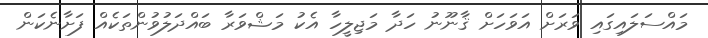
މައްސަލައިގައި ވަރަށް އަވަހަށް ޤާނޫނު ހަދާ މަޖިލީހާ އެކު މަޝްވަރާ ބައްދަލުވުންތަކެއް ފަށާނެކަން